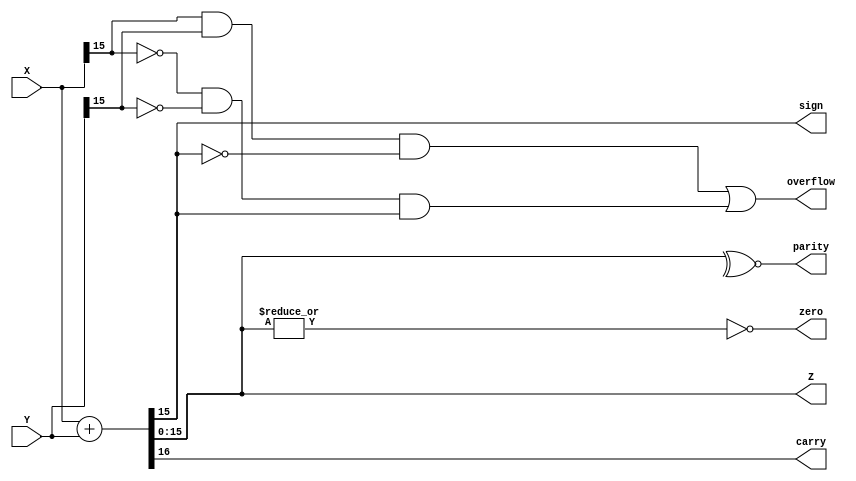
`timescale 1ns / 1ps

module adderwithflags(X,Y,Z,sign,carry,zero,parity,overflow);
input [15:0]X,Y;
output [15:0]Z;
output sign,carry,zero,parity,overflow;
assign {carry,Z}=X+Y;//RESULT WILL BE 17 BIT 16 BIT SUM AND 1 BIT CARRY
assign sign=Z[15];//since numbers are stored in 2's complement form msb for sign
assign zero=~|Z;//bit wise nor if all zero then bitwise or is o then not it is 1
assign parity=~^Z;
assign overflow=(X[15] & Y[15] & ~|Z[15] | ~X[15] & ~Y[15] & Z[15]);
//to check overflow we will use if msb of x,y are 1 and msb of z is 0 or oppoite of this condition.
endmodule